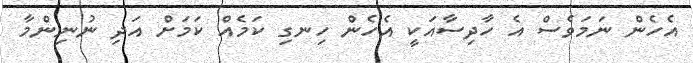
އެހެން ނަމަވެސް އެ ހާދިސާއަކީ އެހެން ހިނގި ކަމެއް ކަމަށް އަދި ނުނިންމާ